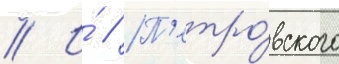
// И́ // П'етро́вского